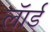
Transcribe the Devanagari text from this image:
लॅार्ड